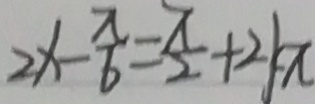
2 x - \frac { \pi } { 6 } = \frac { \pi } { 2 } + 2 k \pi